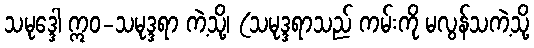
သမုဒ္ဒေါ ဣဝ-သမုဒ္ဒရာ ကဲ့သို့၊ (သမုဒ္ဒရာသည် ကမ်းကို မလွန်သကဲ့သို့